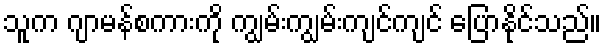
သူက ဂျာမန်စကားကို ကျွမ်းကျွမ်းကျင်ကျင် ပြောနိုင်သည်။